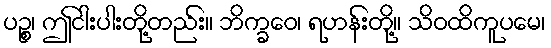
ပဉ္စ၊ ဤငါးပါးတို့တည်း။ ဘိက္ခဝေ၊ ရဟန်းတို့။ သိဝထိကူပမေ၊